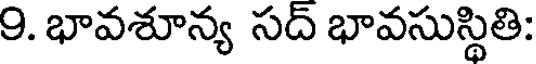
9. భావశూన్య సద్ భావసుస్థితి: